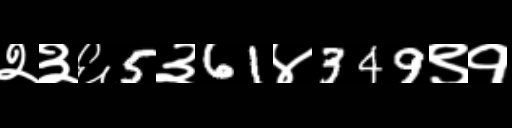
Text: २३६5३61४349९१